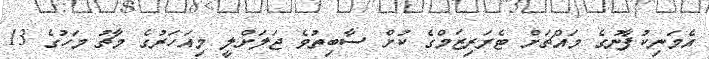
އެމަނިކުފާނުގެ މައްޗަށް ޓެރަރިޒަމްގެ ކުށް ސާބިތުވެ ޖަލަށްލީ މިއަހަރުގެ މާޗު މަހުގެ 13